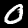
Digit: 0